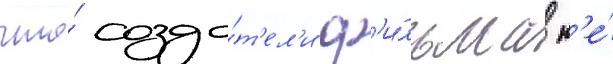
что́ созда́т'ел'и ф'и́льма н'е́